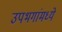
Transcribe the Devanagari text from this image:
उपभगांमध्ये